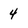
Character: 4